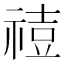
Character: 𥚧